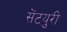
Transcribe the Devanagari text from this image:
सेंटयुरी